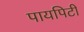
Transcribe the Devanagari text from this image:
पायपिटी